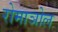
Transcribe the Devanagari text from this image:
रोमाञोल